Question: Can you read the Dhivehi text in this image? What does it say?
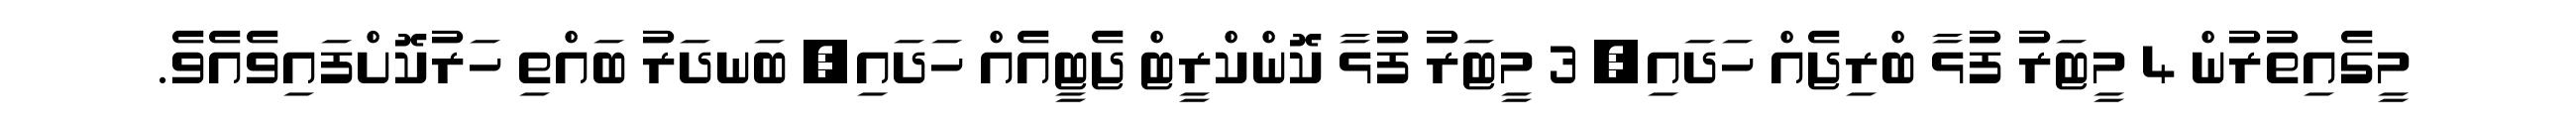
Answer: މީގެއިތުރުން 4 މީޓަރު ފުޅާ ބްރިޖެއް ހަދައި, 3 މީޓަރު ފުޅާ ކޮންކްރީޓް ޖެޓީއެއް ހަދައި, ބަނދަރު ބައްތި ހަރުކޮށްފައިވެއެވެ.